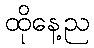
ထိုနေ့ည